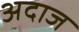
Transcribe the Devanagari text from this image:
अदाज